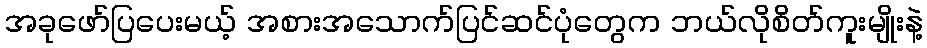
အခုဖော်ပြပေးမယ့် အစားအသောက်ပြင်ဆင်ပုံတွေက ဘယ်လိုစိတ်ကူးမျိုးနဲ့